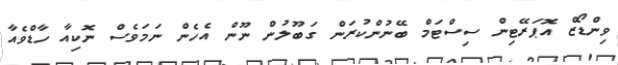
ވިންޑޯޒް އޮޕަރޭޓިން ސިސްޓަމް ބޭނުންކުރަން ގަބޫލުން ނޫން އެހެން ނަމަވެސް ނޮކިއާ ހާޑްވެއާ